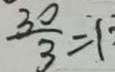
\frac { 3 0 } { 3 } = 1